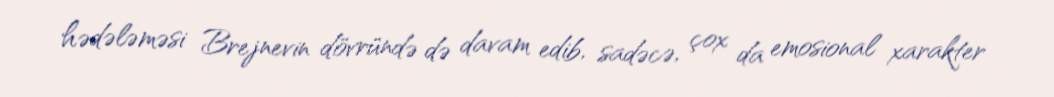
hədələməsi Brejnevin dövründə də davam edib, sadəcə, çox da emosional xarakter